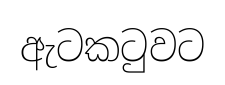
ඇටකටුවට